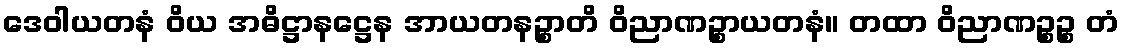
ဒေဝါယတနံ ဝိယ အဓိဋ္ဌာနဋ္ဌေန အာယတနဉ္စာတိ ဝိညာဏဉ္စာယတနံ။ တထာ ဝိညာဏဉ္စဉ္စ တံ